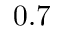
0 . 7